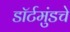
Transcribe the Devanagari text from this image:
डॉर्टमुंडचे